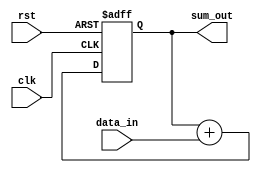
module cascaded_accumulator (
    input clk,
    input rst,
    input [7:0] data_in,
    output [15:0] sum_out
);

reg [15:0] sum_reg;

always @(posedge clk or posedge rst) begin
    if (rst) begin
        sum_reg <= 16'd0;
    end else begin
        sum_reg <= sum_reg + data_in;
    end
end

assign sum_out = sum_reg;

endmodule